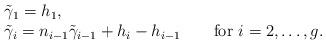
LaTeX: \begin{align*}\begin{array}{lll}\tilde\gamma_1= h_1, & & \\\tilde \gamma_i=n_{i-1}\tilde\gamma_{i-1}+h_i-h_{i-1} & & \mbox{ for $i=2,\dots, g$.}\end{array}\end{align*}